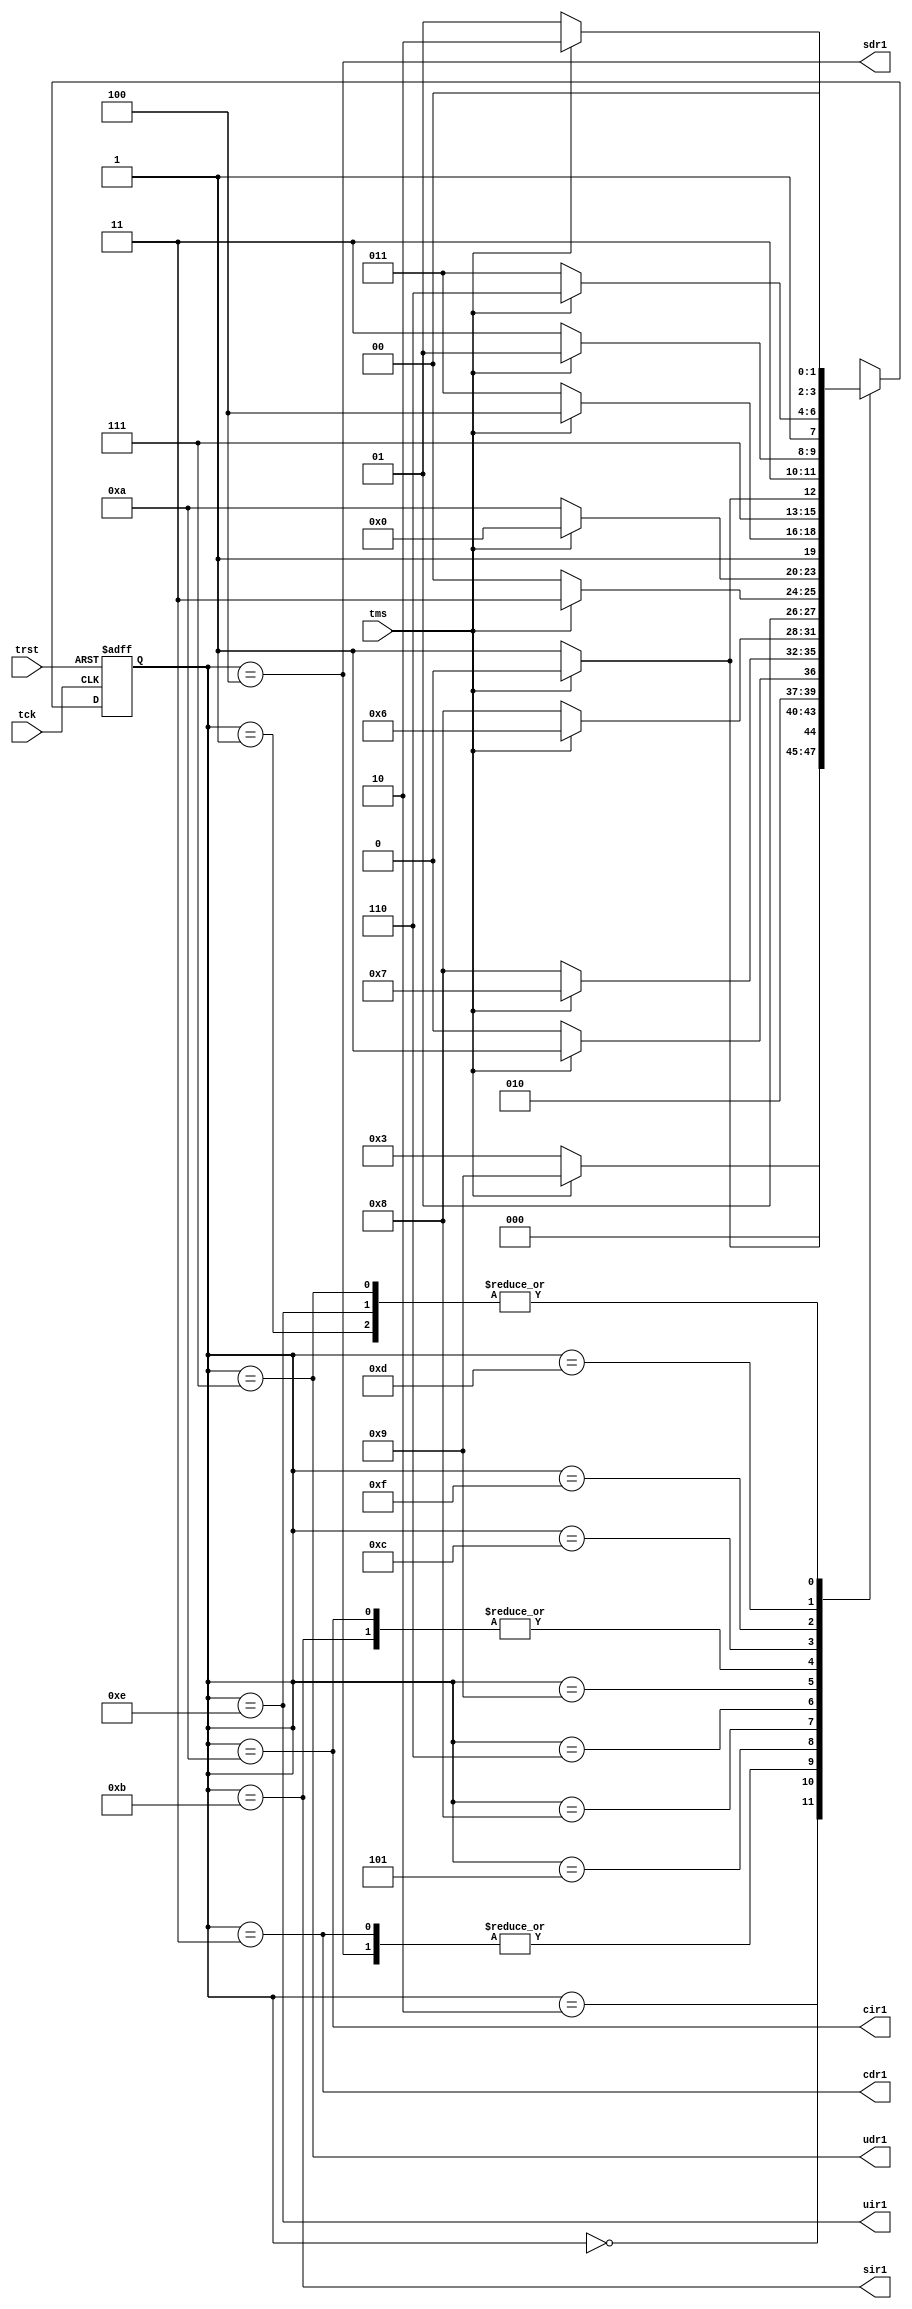
`timescale 1ns / 1ps
//////////////////////////////////////////////////////////////////////////////////
// Company: 
// 
// Design Name: Tap_controller_asm
// Module Name:    tap_controller 
// Project Name: 
// Target Devices: 
// Tool versions: 
// Description: 
//
// Dependencies: 
//
// Revision: 
// Revision 0.01 - File Created
// Additional Comments: 
//
//////////////////////////////////////////////////////////////////////////////////
module tap_controller(input tck,tms,trst, output   cdr1, sdr1, udr1, cir1,sir1,uir1
    );

/*where -
c= capture
u= update
s= shift
dr= data register
ir= instruction register
tck = input clock
tms = state mode signal
trst= reset signal

*/
localparam TEST_LOGIC_RESET = 4'h0; 
localparam RUN_TEST_IDLE = 4'h1;
localparam SELECT_DR=4'h2;
 localparam CAPTURE_DR=4'h3;
 localparam SHIFT_DR=4'h4;
localparam  EXIT1_DR=4'h5; 
 localparam EXIT2_DR=4'h6;
localparam  UPDATE_DR=4'h7;
localparam PAUSE_DR=4'h8;
localparam  SELECT_IR=4'h9;
localparam  CAPTURE_IR=4'hA;
localparam  SHIFT_IR=4'hB; 
 localparam EXIT1_IR=4'hC;
localparam  EXIT2_IR=4'hD;
 localparam UPDATE_IR=4'hE; 
localparam  PAUSE_IR=4'hf;

reg [3:0] state ; // next_state;
//reg cdr1, sdr1, udr1, cir1,sir1,uir1;

assign  cdr1=(state == CAPTURE_DR);
assign  sdr1=(state == SHIFT_DR); 
assign  udr1=(state == UPDATE_DR); 
assign  cir1=(state == CAPTURE_IR);
assign  sir1=(state == SHIFT_IR);
assign uir1=(state== UPDATE_IR);

always@(posedge tck or negedge trst)begin
if(~trst)begin 
state <= TEST_LOGIC_RESET;
end
else begin
/*
state <= next_state;
end
end

always@(*)begin */
case(state)
 TEST_LOGIC_RESET : 
 if(tms)
state <= TEST_LOGIC_RESET;
else 
state <= RUN_TEST_IDLE;
 
 RUN_TEST_IDLE :
if(tms)
state <= SELECT_DR;
else 
state <= RUN_TEST_IDLE;

SELECT_DR :
if(tms)
state <= SELECT_IR;
else 
state <= CAPTURE_DR;
 
 CAPTURE_DR  :
 if(tms)begin
state <= EXIT1_DR;
end
else 
state <= SHIFT_DR;
 
 
 SHIFT_DR   :
 if(tms) begin
state <= EXIT1_DR;
end
else 
state <= SHIFT_DR;
 
 
 EXIT1_DR  :
if(tms)
state <= UPDATE_DR;
else 
state <= PAUSE_DR;
 

 PAUSE_DR :
if(tms)
state <= EXIT2_DR;
else
state <= PAUSE_DR;
 
 
 EXIT2_DR  : 
 if(tms)
state <= UPDATE_DR;
else 
state <= SHIFT_DR;

 
 UPDATE_DR: 
if(tms)begin
state <= SELECT_DR;

end
else 
state <= RUN_TEST_IDLE;
 
 //Instruction 
 
 SELECT_IR  :
 if(tms)
state <= TEST_LOGIC_RESET;
else 
state <= CAPTURE_IR;

 
 CAPTURE_IR  :
 if(tms) begin
state <= EXIT1_IR;

end
else 
state <= SHIFT_IR;
 
 SHIFT_IR :
if(tms) begin
state <= EXIT1_IR;

end
else 
state <= SHIFT_IR;
 
 EXIT1_IR  :
 if(tms)
state <= UPDATE_IR;
else 
state <= PAUSE_IR;
 
 
 PAUSE_IR  :
 if(tms)
state <= EXIT2_IR;
else 
state <= PAUSE_IR;
 
 
 EXIT2_IR  :
 if(tms)
 state <= UPDATE_IR;
 else 
 state <= SHIFT_IR;
 
 
 UPDATE_IR :
if(tms) begin
state <= SELECT_DR;
end
else 
state <= RUN_TEST_IDLE;

 //default : next_state = TEST_LOGIC_RESET;
endcase

end

end



endmodule